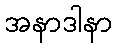
အနာဒါနာ